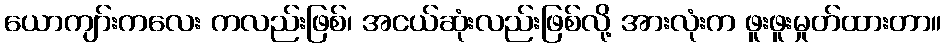
ယောကျာ်းကလေး ကလည်းဖြစ်၊ အငယ်ဆုံးလည်းဖြစ်လို့ အားလုံးက ဖူးဖူးမှုတ်ထားတာ။